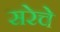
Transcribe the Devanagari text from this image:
सरेचे